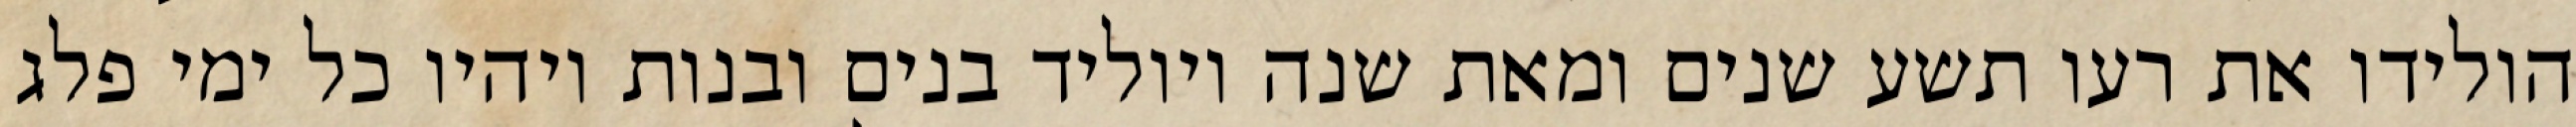
הולידו את רעו תשע שנים ומאת שנה ויוליד בנים ובנות ויהיו כל ימי פלג